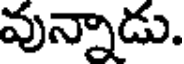
వున్నాడు.